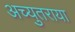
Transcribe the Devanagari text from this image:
अच्युतराया